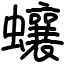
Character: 蠰